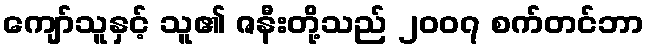
ကျော်သူနှင့် သူ၏ ဇနီးတို့သည် ၂၀၀၇ စက်တင်ဘာ